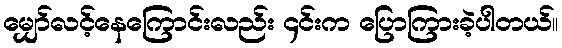
မျှော်လင့်နေကြောင်းလည်း ၄င်းက ပြောကြားခဲ့ပါတယ်။